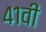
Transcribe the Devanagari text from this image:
४१वीं